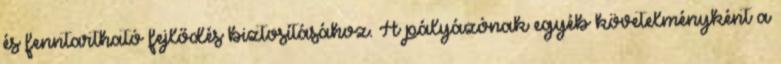
és fenntartható fejlődés biztosításához. A pályázónak egyéb követelményként a